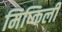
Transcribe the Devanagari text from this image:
मिष्किली